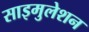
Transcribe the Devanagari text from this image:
साइमुलेशन